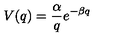
V ( q ) = \frac { \alpha } { q } e ^ { - \beta q }